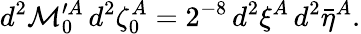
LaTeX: d^{2}{\cal M}_{0}^{\prime A}\, d^{2}\zeta_{0}^{A}=2^{-8}\, d^{2}\xi^{A}\, d^{2}\bar{\eta}^{A}.